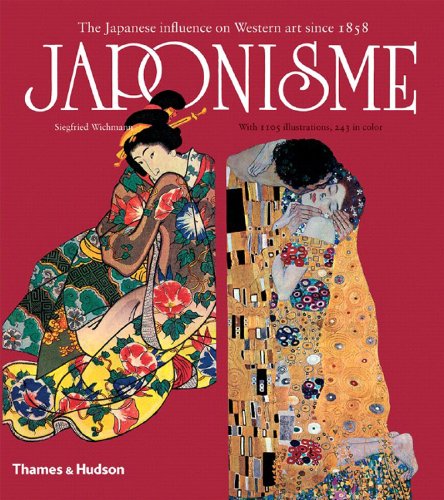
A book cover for Japonisme: The Japanese Influence on Western Art Since 1858; Siegfried Wichmann; Arts & Photography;